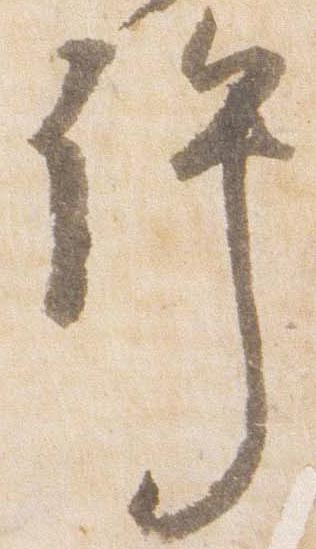
許